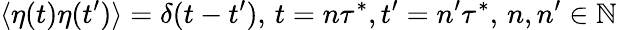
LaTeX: \langle\eta(t)\eta(t^{\prime})\rangle=\delta(t-t^{\prime}),\, t=n\tau^{*},t^{\prime}=n^{\prime}\tau^{*},\, n,n^{\prime}\in\mathbb{N}